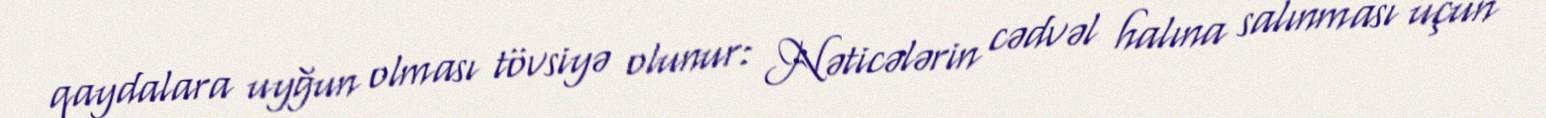
qaydalara uyğun olması tövsiyə olunur: Nəticələrin cədvəl halına salınması üçün